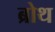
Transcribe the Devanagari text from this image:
ब्रोथ